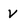
Character: v